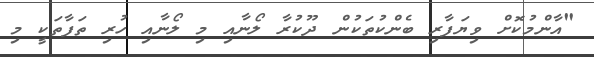
"އާންމުކޮށް ވިޔަފާރި ބެންކުތަކުން ދޫކުރާ ލޯނާއި މި ލޯނާއި ހުރި ތަފާތަކީ މި